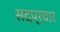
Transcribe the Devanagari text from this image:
सदप्रचार